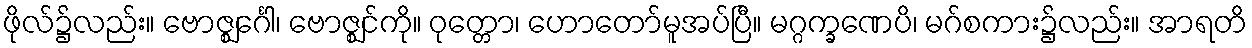
ဖိုလ်၌လည်း။ ဗောဇ္ဈင်္ဂေါ၊ ဗောဇ္ဈင်ကို။ ဝုတ္တော၊ ဟောတော်မူအပ်ပြီ။ မဂ္ဂက္ခဏေပိ၊ မဂ်စကား၌လည်း။ အာရတိ